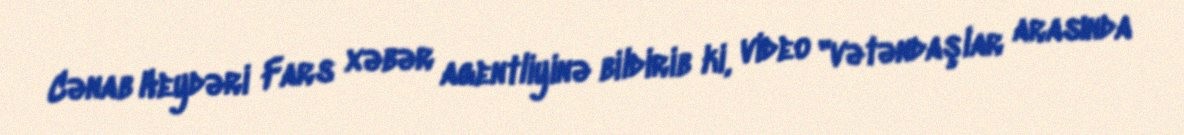
Cənab Heydəri Fars xəbər agentliyinə bildirib ki, video "vətəndaşlar arasında